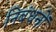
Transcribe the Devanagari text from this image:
निबंधनों